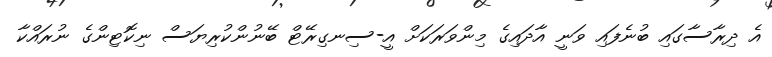
އެ ދިރާސާގައި ބުނެފައި ވަނީ އާދައިގެ މިންވަރަކަށް އީ-ސިނގިރޭޓް ބޭނުންކުރިޔަސް ނިކޮޓިންގެ ނުރައްކާ